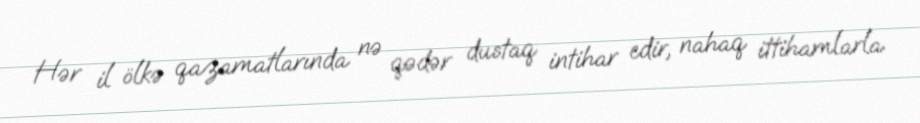
Hər il ölkə qazamatlarında nə qədər dustaq intihar edir, nahaq ittihamlarla